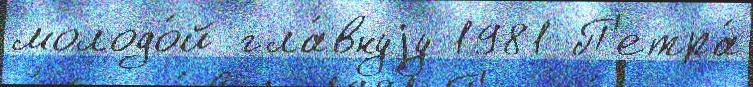
молодо́й гла́внуjу 1981 П'етра́